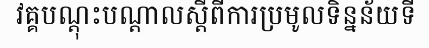
វគ្គបណ្តុះបណ្តាលស្តីពីការប្រមូលទិន្នន័យទី